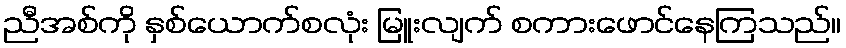
ညီအစ်ကို နှစ်ယောက်စလုံး မြူးလျက် စကားဖောင်နေကြသည်။